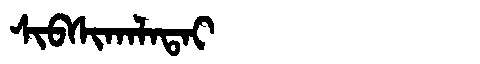
Manchu: ᠰᡳᠪᠰᡳᡴᠠᠯᠠᡨᠠᡳ
Romanization: SIBSIKALATAI